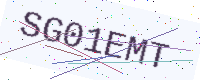
Text: SG01EMT